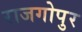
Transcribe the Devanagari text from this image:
राजगोपुर